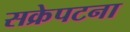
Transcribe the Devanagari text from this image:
सक्रेपटना